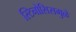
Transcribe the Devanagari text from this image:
स्टिनोसिसमुळे